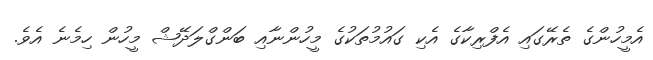
އެމީހުންގެ ތެރޭގައި އެފްރިކާގެ އެކި ގައުމުތަކުގެ މީހުންނާއި ބަންގްލަދޭޝް މީހުން ހިމެނެ އެވެ.